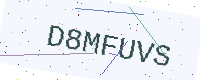
Text: D8MFUVS